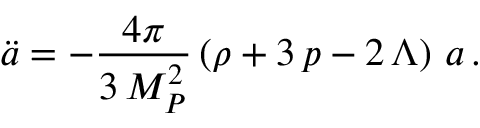
\ddot { a } = - \frac { 4 \pi } { 3 \, M _ { P } ^ { 2 } } \left( \rho + 3 \, p - 2 \, \Lambda \right) \, a \, .